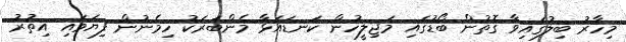
މިހާރު ބިލުގައިވާ ގޮތުން ބޯޑުގައި މަޖިލީހުން ކަނޑައަޅާ މެންބަރަކު ހިމެނުން ފިޔަވައި އިތުރު